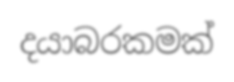
දයාබරකමක්